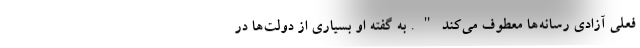
فعلی آزادی رسانه‌ها معطوف می‌کند". به گفته او بسیاری از دولت‌ها در